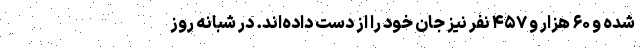
شده و ۶۰ هزار و ۴۵۷ نفر نیز جان خود را از دست داده‌اند. در شبانه روز